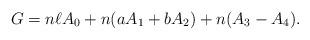
LaTeX: \begin{align*}G=n\ell A_0+n(aA_1+bA_2)+n(A_3-A_4). \end{align*}